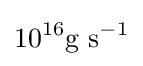
10^{16}{\rm {g\ s}}^{-1}